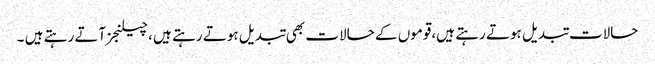
حالات تبدیل ہوتے رہتے ہیں،قوموں کے حالات بھی تبدیل ہوتے رہتے ہیں ،چیلنجز آتے رہتے ہیں ۔